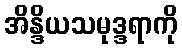
အိန္ဒိယသမုဒ္ဒရာကို